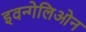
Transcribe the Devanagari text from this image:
इवन्गेलिओन